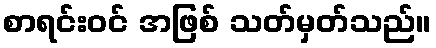
စာရင်းဝင် အဖြစ် သတ်မှတ်သည်။